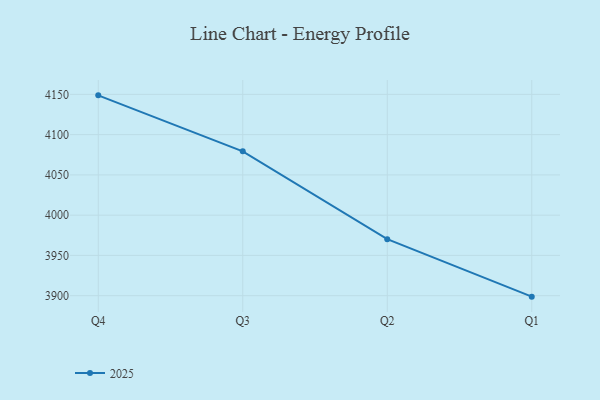
{"axis": {"x": "Quarter", "y": "Bounce Rate (%)"}, "legend": ["2025"], "data": [{"x": "Q4", "y": 4148.8, "type": "2025"}, {"x": "Q3", "y": 4079.3, "type": "2025"}, {"x": "Q2", "y": 3970.2, "type": "2025"}, {"x": "Q1", "y": 3898.8, "type": "2025"}]}